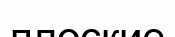
плоские